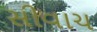
સીવાચ